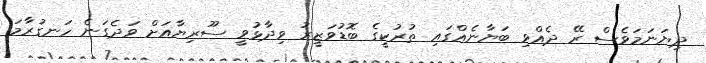
ދިޔަނަމަވެސް ރޭ ދެއްވި ބަޔާނެއްގައި ތުުރުކީގެ ބޮޑުވަޒީރު ވިދާޅުވީ ސޫރިޔާއަށް ވަދެގަނެ ހަނގުރާމަ